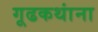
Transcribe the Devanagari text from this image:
गूढकथांना